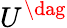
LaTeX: U^{\dag}